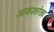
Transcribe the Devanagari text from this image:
आकाशरेखा